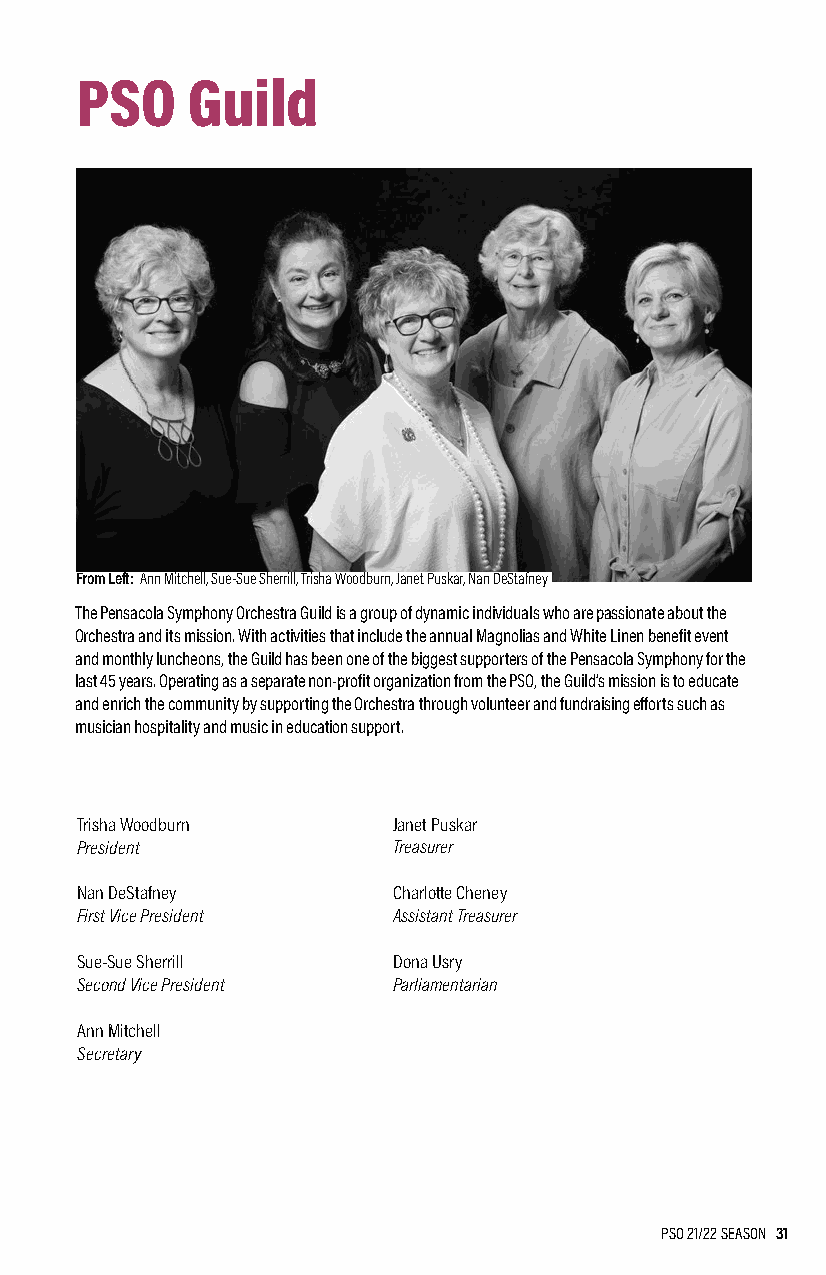
PSO    Guild
 From Left: Ann Mitchell, Sue-Sue Sherrill, Trisha Woodburn, Janet Puskar, Nan DeStafney
 The Pensacola Symphony Orchestra Guild is a group of dynamic individuals who are passionate about the
 Orchestra and its mission. With activities that include the annual Magnolias and White Linen benefit event
 and monthly luncheons, the Guild has been one of the biggest supporters of the Pensacola Symphony for the
 last 45 years. Operating as a separate non-profit organization from the PSO, the Guild’s mission is to educate
 and enrich the community by supporting the Orchestra through volunteer and fundraising efforts such as
 musician hospitality and music in education support.
 Trisha Woodburn      Janet Puskar
 President            Treasurer
 Nan DeStafney        Charlotte Cheney
 First Vice President Assistant Treasurer
 Sue-Sue Sherrill     Dona Usry
 Second Vice President Parliamentarian
 Ann Mitchell
 Secretary
 PSO 21/22 SEASON 31